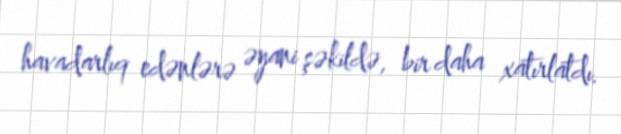
havadarlıq edənlərə əyani şəkildə, bir daha xatırlatdı.